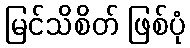
မြင်သိစိတ် ဖြစ်ပုံ